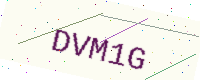
Text: DVM1G